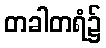
တခါတရံ၌